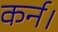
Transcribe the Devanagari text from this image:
कर्न।